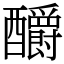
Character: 釂